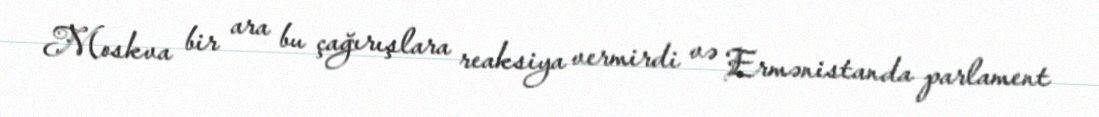
Moskva bir ara bu çağırışlara reaksiya vermirdi və Ermənistanda parlament